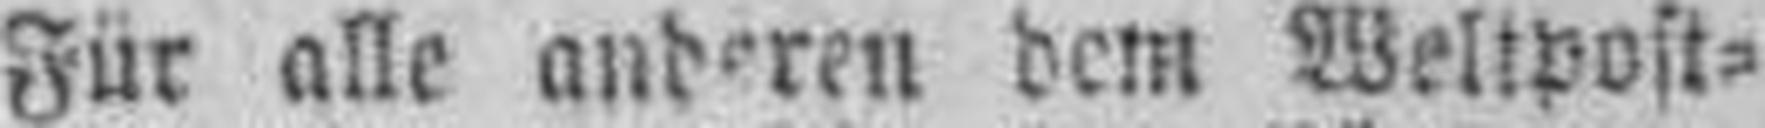
Für alle anderen dem Weltpost¬